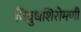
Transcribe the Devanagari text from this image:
विबुधशिरोमणी